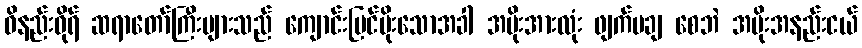
ဝိနည်းဓိုရ် ဆရာတော်ကြီးများသည် ကျောင်းပြင်မိုးသောအခါ အမိုးအားလုံး ဖျက်မချ စေဘဲ အမိုးအနည်းငယ်